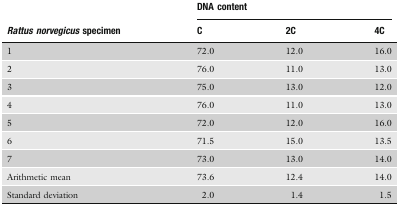
|  | <COLSPAN=3> DNA content |
 | Rattus norvegicus specimen | C | 2C | 4C |
 | --- | --- | --- | --- |
 | 1 | 72.0 | 12.0 | 16.0 |
 | 2 | 76.0 | 11.0 | 13.0 |
 | 3 | 75.0 | 13.0 | 12.0 |
 | 4 | 76.0 | 11.0 | 13.0 |
 | 5 | 72.0 | 12.0 | 16.0 |
 | 6 | 71.5 | 15.0 | 13.5 |
 | 7 | 73.0 | 13.0 | 14.0 |
 | Arithmetic mean | 73.6 | 12.4 | 14.0 |
 | Standard deviation | 2.0 | 1.4 | 1.5 |